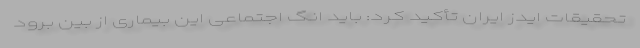
تحقیقات ایدز ایران تأکید کرد: باید انگ اجتماعی این بیماری از بین برود